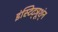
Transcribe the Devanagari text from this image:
इंस्टिट्ञूश्ंन